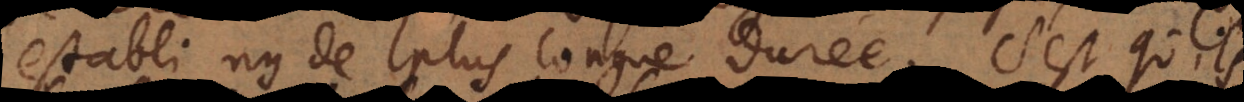
establi, ny de plus longue durée. C’est qu’ils